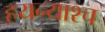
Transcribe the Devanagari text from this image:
हयन्याश्च